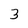
Character: 3